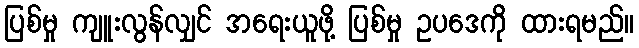
ပြစ်မှု ကျူးလွန်လျှင် အရေးယူဖို့ ပြစ်မှု ဥပဒေကို ထားရမည်။